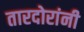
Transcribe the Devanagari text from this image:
तारदोरांनी